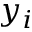
y _ { i }